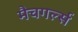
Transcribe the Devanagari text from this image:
मैचगर्ल्स